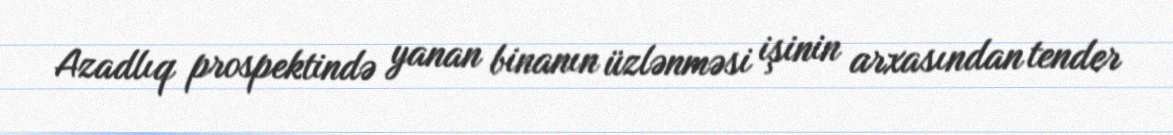
Azadlıq prospektində yanan binanın üzlənməsi işinin arxasından tender